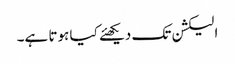
الیکشن تک دیکھئے کیا ہوتا ہے۔